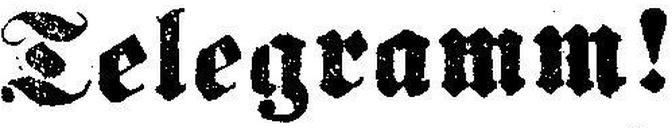
Telegramm!